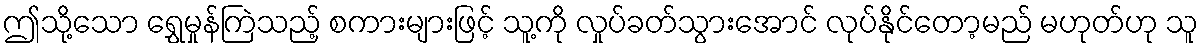
ဤသို့သော ရွှေမှုန်ကြဲသည့် စကားများဖြင့် သူ့ကို လှုပ်ခတ်သွားအောင် လုပ်နိုင်တော့မည် မဟုတ်ဟု သူ